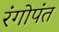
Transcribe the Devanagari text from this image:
रंगोपंत